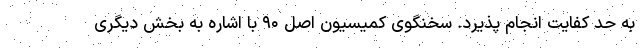
به حد کفایت انجام پذیرد. سخنگوی کمیسیون اصل ۹۰ با اشاره به بخش دیگری